Indian journal of veterinary science and animal husbandry - Volumes 18-21, 1948-1951
Year: 1948
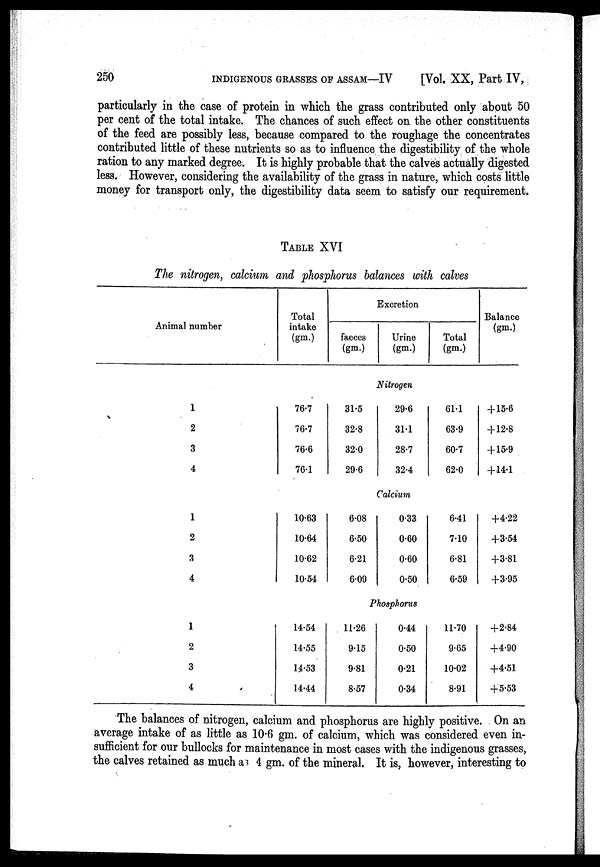
250 INDIGENOUS GRASSES OF ASSAM—IV [Vol. XX, Part IV,
particularly in the case of protein in which the grass contributed only about 50
per cent of the total intake. The chances of such effect on the other constituents
of the feed are possibly less, because compared to the roughage the concentrates
contributed little of these nutrients so as to influence the digestibility of the whole
ration to any marked degree. It is highly probable that the calves actually digested
less. However, considering the availability of the grass in nature, which costs little
money for transport only, the digestibility data seem to satisfy our requirement.
TABLE XVI
The nitrogen, calcium and phosphorus balances with calves
Animal number
1
2
3
4
1
2
3
4
1
2
3
4
Total
intake
(gm.)
Excretion
faeces
(gm.)
Urine
(gm.)
Total
(gm.)
Balance
(gm.)
Nitrogen
76.7
76.7
76.6
76.1
31.5
32.8
32.0
29.6
29.6
31.1
28.7
32.4
61.1
63.9
60.7
62.0
+15.6
+12.8
+15.9
+14.1
Calcium
10.63
10.64
10.62
10.54
6.08
6.50
6.21
6.09
0.33
0.60
0.60
0.50
6.41
7.10
6.81
6.59
+4.22
+3.54
+3.81
+3.95
Phosphorus
14.54
14.55
14.53
14.44
11.26
9.15
9.81
8.57
0.44
0.50
0.21
0.34
11.70
9.65
10.02
8.91
+2.84
+4.90
+4.51
+5.53
The balances of nitrogen, calcium and phosphorus are highly positive. On an
average intake of as little as 10.6 gm. of calcium, which was considered even in-
sufficient for our bullocks for maintenance in most cases with the indigenous grasses,
the calves retained as much as 4 gm. of the mineral. It is, however, interesting to